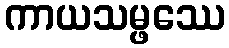
ကာယသမ္ဖဿေ